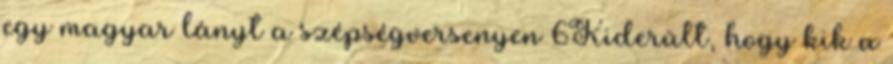
egy magyar lányt a szépségversenyen 6Kiderült, hogy kik a